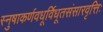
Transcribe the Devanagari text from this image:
स्नुषाकर्णवधूर्विधूतसंसारवृत्तिः